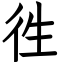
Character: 徃